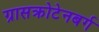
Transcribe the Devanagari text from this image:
ग्रासक्रोटेनबर्ग